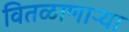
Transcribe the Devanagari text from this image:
वितळाणाऱ्या